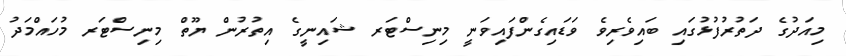
މިއަދުގެ ދަތުރުފުޅުގައި ބައިވެރިވެ ވަޑައިގެންފައިވަނީ މިނިސްޓަރ ޝައިނީގެ އިތުރުން ޔޫތް މިނިސްޓަރ މުހައްމަދު